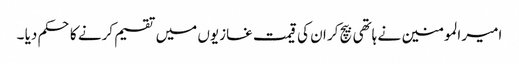
امیر المومنین نے ہاتھی بیچ کر ان کی قیمت غازیوں میں تقسیم کرنے کا حکم دیا ۔